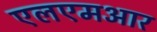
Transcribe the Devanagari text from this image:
एलएमआर